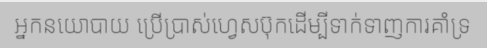
អ្នកនយោបាយ ប្រើប្រាស់ហ្វេសប៊ុកដើម្បីទាក់ទាញការគាំទ្រ